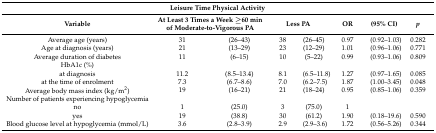
<table><thead><tr><td colspan="8"><b>Leisure Time Physical Activity</b></td></tr><tr><td><b>Variable</b></td><td colspan="2"><b>At Least 3 Times a Week ≥60 min of Moderate-to-Vigorous PA</b></td><td colspan="2"><b>Less PA</b></td><td><b>OR</b></td><td><b>(95% CI)</b></td><td><b><i>p</i></b></td></tr></thead><tbody><tr><td>Average age (years)</td><td>31</td><td>(26–43)</td><td>38</td><td>(26–45)</td><td>0.97</td><td>(0.92–1.03)</td><td>0.282</td></tr><tr><td>Age at diagnosis (years)</td><td>21</td><td>(13–29)</td><td>23</td><td>(12–29)</td><td>1.01</td><td>(0.96–1.06)</td><td>0.771</td></tr><tr><td>Average duration of diabetes</td><td>11</td><td>(6–15)</td><td>10</td><td>(5–22)</td><td>0.99</td><td>(0.93–1.06)</td><td>0.809</td></tr><tr><td>HbA1c (%)</td><td></td><td></td><td></td><td></td><td></td><td></td><td></td></tr><tr><td>at diagnosis</td><td>11.2</td><td>(8.5–13.4)</td><td>8.1</td><td>(6.5–11.8)</td><td>1.27</td><td>(0.97–1.65)</td><td>0.085</td></tr><tr><td>at the time of enrolment</td><td>7.3</td><td>(6.7–8.6)</td><td>7.0</td><td>(6.2–7.5)</td><td>1.87</td><td>(1.00–3.45)</td><td>0.048</td></tr><tr><td>Average body mass index (kg/m<sup>2</sup>)</td><td>19</td><td>(16–21)</td><td>21</td><td>(18–24)</td><td>0.95</td><td>(0.85–1.06)</td><td>0.359</td></tr><tr><td>Number of patients experiencing hypoglycemia</td><td></td><td></td><td></td><td></td><td></td><td></td><td></td></tr><tr><td>no</td><td>1</td><td>(25.0)</td><td>3</td><td>(75.0)</td><td>1</td><td></td><td></td></tr><tr><td>yes</td><td>19</td><td>(38.8)</td><td>30</td><td>(61.2)</td><td>1.90</td><td>(0.18–19.6)</td><td>0.590</td></tr><tr><td>Blood glucose level at hypoglycemia (mmol/L)</td><td>3.6</td><td>(2.8–3.9)</td><td>2.9</td><td>(2.9–3.6)</td><td>1.72</td><td>(0.56–5.26)</td><td>0.344</td></tr></tbody></table>